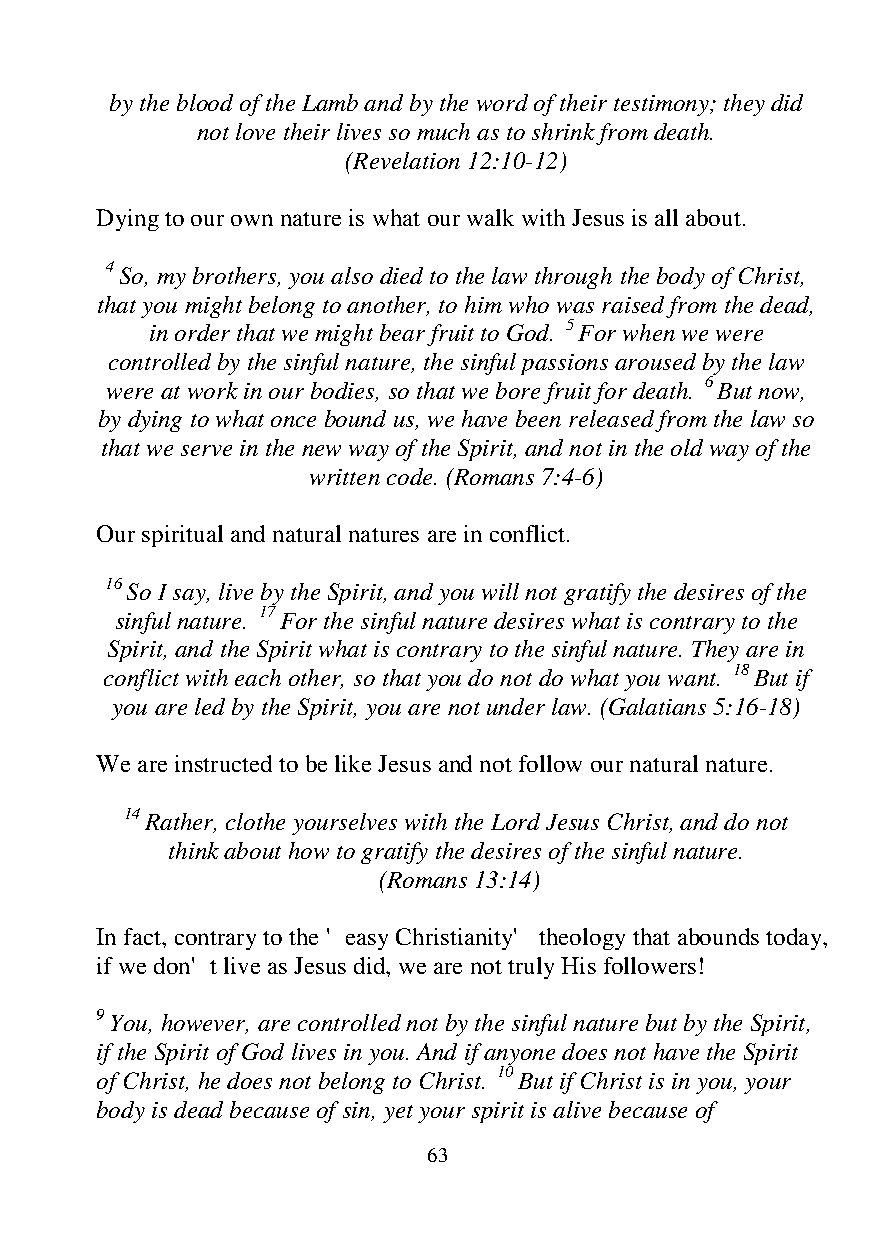
by the blood of the Lamb and by the word of their testimony; they did
 not love their lives so much as to shrink from death.
 (Revelation 12:10-12)
 Dying to our own nature is what our walk with Jesus is all about.
 4 So, my brothers, you also died to the law through the body of Christ,
 that you might belong to another, to him who was raised from the dead,
 in order that we might bear fruit to God. 5 For when we were
 controlled by the sinful nature, the sinful passions aroused by the law
 were at work in our bodies, so that we bore fruit for death. 6 But now,
 by dying to what once bound us, we have been released from the law so
 that we serve in the new way of the Spirit, and not in the old way of the
 written code. (Romans 7:4-6)
 Our spiritual and natural natures are in conflict.
 16 So I say, live by the Spirit, and you will not gratify the desires of the
 sinful nature. 17 For the sinful nature desires what is contrary to the
 Spirit, and the Spirit what is contrary to the sinful nature. They are in
 conflict with each other, so that you do not do what you want. 18 But if
 you are led by the Spirit, you are not under law. (Galatians 5:16-18)
 We are instructed to be like Jesus and not follow our natural nature.
 14 Rather, clothe yourselves with the Lord Jesus Christ, and do not
 think about how to gratify the desires of the sinful nature.
 (Romans 13:14)
 In fact, contrary to the 'easy Christianity' theology that abounds today,
 if we don't live as Jesus did, we are not truly His followers!
 9 You, however, are controlled not by the sinful nature but by the Spirit,
 if the Spirit of God lives in you. And if anyone does not have the Spirit
 of Christ, he does not belong to Christ. 10 But if Christ is in you, your
 body is dead because of sin, yet your spirit is alive because of
 63